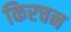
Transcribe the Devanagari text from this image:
किरचन